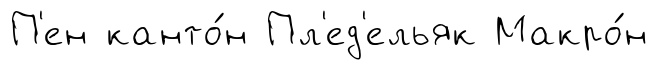
П'ен канто́н Пл'ед'ельяк Макро́н